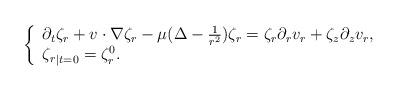
LaTeX: \begin{align*}\left\{ \begin{array}{ll}\partial_{t}\zeta_{r}+v\cdot\nabla\zeta_{r}-\mu(\Delta-\frac{1}{r^{2}})\zeta_{r}=\zeta_{r}\partial_{r}v_{r}+\zeta_{z}\partial_{z}v_{r},\\{\zeta_{r}}_{\vert t=0}=\zeta_{r}^0.\end{array} \right.\end{align*}